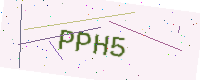
Text: PPH5